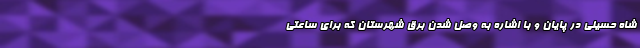
شاه حسینی در پایان و با اشاره به وصل شدن برق شهرستان که برای ساعتی